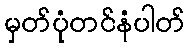
မှတ်ပုံတင်နံပါတ်